65_HS1-834228961_62-HQ-83894_Section_6
Agency: FBI
Page 95
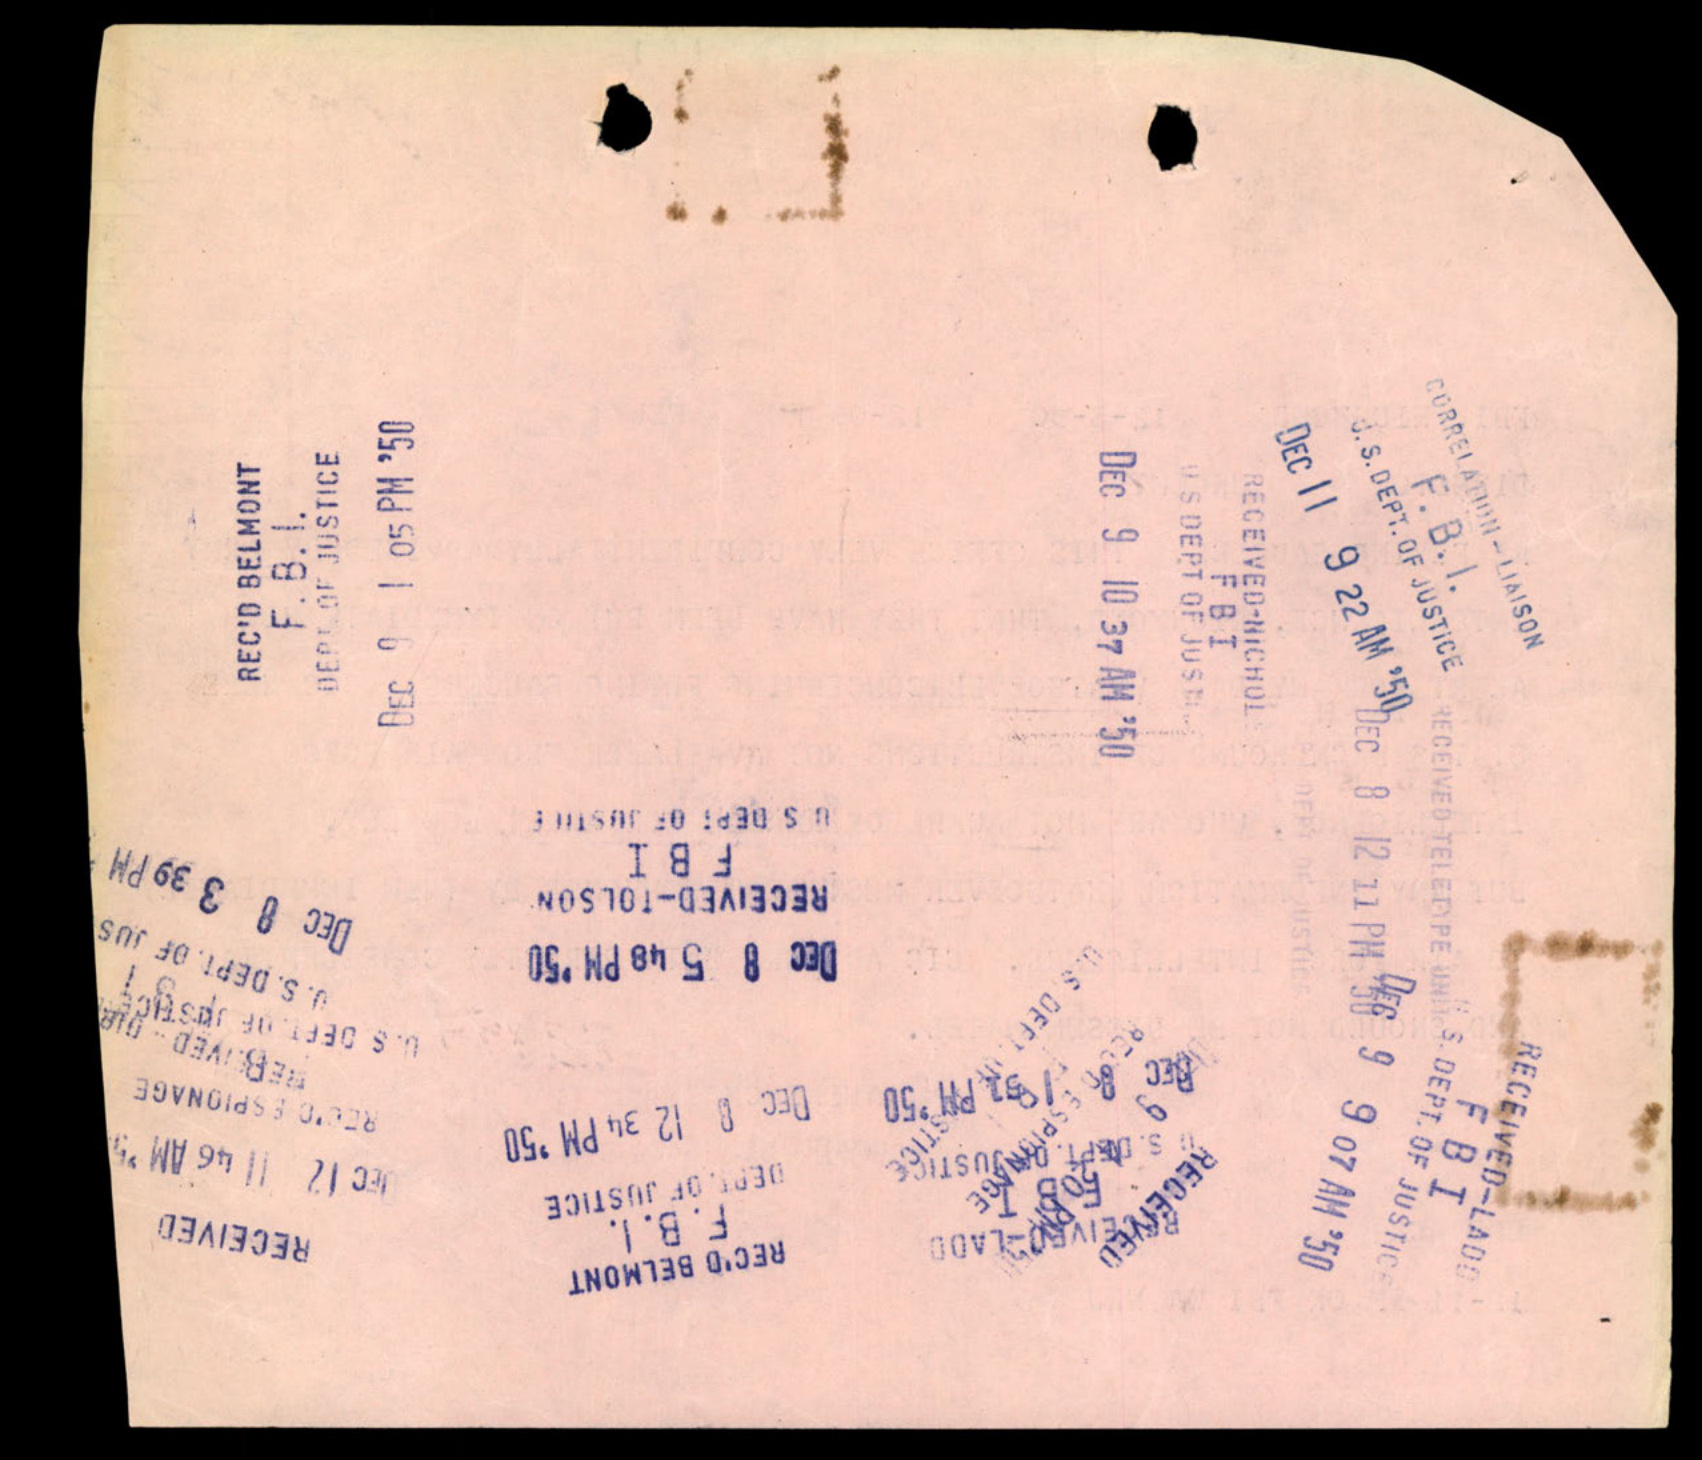